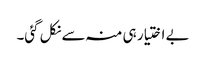
بے اختیار ہی منہ سے نکل گئی۔